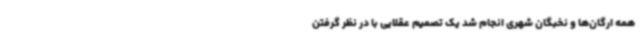
همه ارگان‌ها و نخبگان شهری انجام شد یک تصمیم عقلایی با در نظر گرفتن